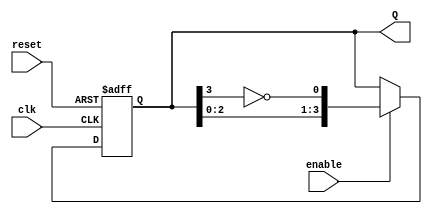
module johnson_counter (
    input wire clk,         // Clock input
    input wire reset,       // Asynchronous reset
    input wire enable,      // Enable control
    output reg [3:0] Q      // 4-bit output for the counter
);

    // Johnson Counter logic
    always @(posedge clk or posedge reset) begin
        if (reset) begin
            Q <= 4'b0000;  // Reset the counter to 0000
        end else if (enable) begin
            Q <= {Q[2:0], ~Q[3]}; // Shift left and feedback inverted output
        end
    end

endmodule